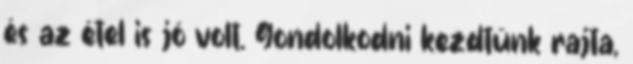
és az étel is jó volt. Gondolkodni kezdtünk rajta,